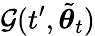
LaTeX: \mathcal{G}(t^{\prime},\tilde{{\boldsymbol{\theta}}}_{t})